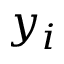
y _ { i }